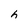
Character: h